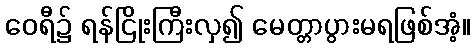
ဝေရီ၌ ရန်ငြိုးကြီးလှ၍ မေတ္တာပွားမရဖြစ်အံ့။